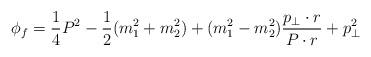
LaTeX: \begin{align*}\phi_f= \frac{1}{4}P^2 - \frac{1}{2}(m^2_1 + m_2^2) + (m_1^2 - m_2^2)\frac{p_\bot \cdot r}{P \cdot r} + p_\bot^2\end{align*}